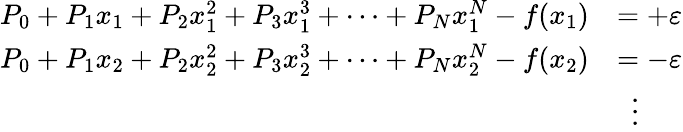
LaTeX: {\begin{array}{rl}{P_{0}+P_{1}x_{1}+P_{2}x_{1}^{2}+P_{3}x_{1}^{3}+\dots+P_{N}x_{1}^{N}-f(x_{1})}&{=+\varepsilon}\\ {P_{0}+P_{1}x_{2}+P_{2}x_{2}^{2}+P_{3}x_{2}^{3}+\dots+P_{N}x_{2}^{N}-f(x_{2})}&{=-\varepsilon}\\ &{\ \ \vdots}\end{array}}